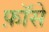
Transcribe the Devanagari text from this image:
फ़ॉसे